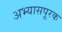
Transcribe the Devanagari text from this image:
अभ्यासपूरक